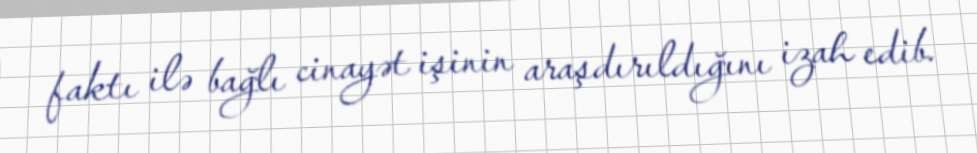
faktı ilə bağlı cinayət işinin araşdırıldığını izah edib.